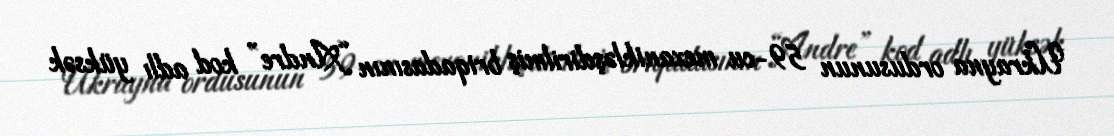
Ukrayna ordusunun 59-cu mexanikləşdirilmiş briqadasının “Andre” kod adlı yüksək